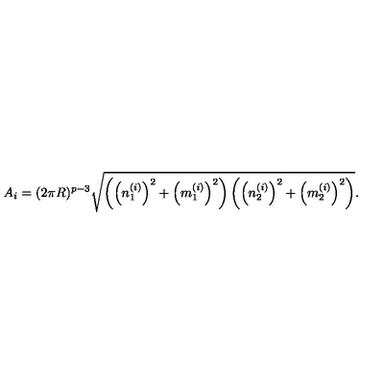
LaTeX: A _ { i } = ( 2 \pi R ) ^ { p - 3 } \sqrt { \left( \left( n _ { 1 } ^ { ( i ) } \right) ^ { 2 } + \left( m _ { 1 } ^ { ( i ) } \right) ^ { 2 } \right) \left( \left( n _ { 2 } ^ { ( i ) } \right) ^ { 2 } + \left( m _ { 2 } ^ { ( i ) } \right) ^ { 2 } \right) } .